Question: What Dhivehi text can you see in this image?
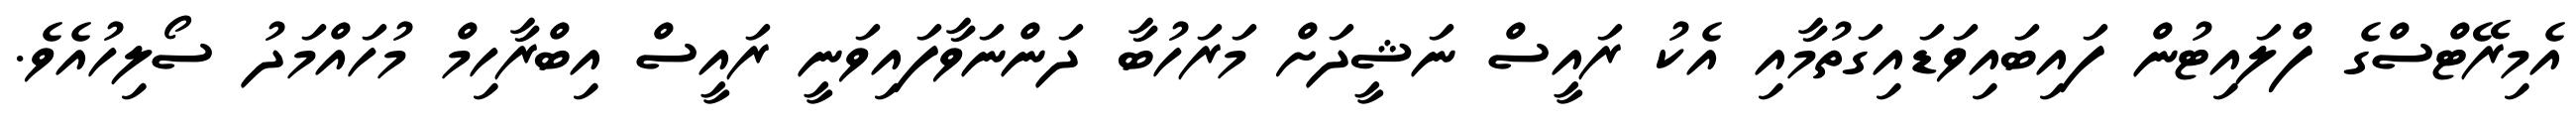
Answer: އެމިރޭޓްސްގެ ފްލައިޓުން ފައިބައިވަޑައިގަތުމާއި އެކު ރައީސް ނަޝީދަށް މަރަހުބާ ދަންނަވާފައިވަނީ ރައީސް އިބްރާހިމް މުހައްމަދު ސޯލިހުއެވެ.